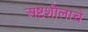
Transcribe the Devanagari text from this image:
अष्टशीलाचे